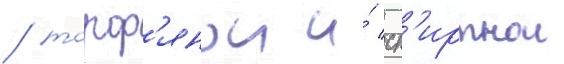
/ торф'янои и́ сп'иртнои